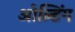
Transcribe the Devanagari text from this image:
ओल्डिंग